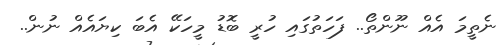
ނެތީމަ އެއް ނޫންތޯ.. ފަހަތުގައި ހުރީ ބޮޑު މީހަކޭ އެބަ ކިޔައެއް ނުނ.ް.